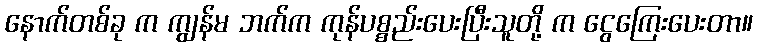
နောက်တစ်ခု က ကျွန်မ ဘက်က ကုန်ပစ္စည်းပေးပြီးသူတို့ က ငွေကြေးပေးတာ။